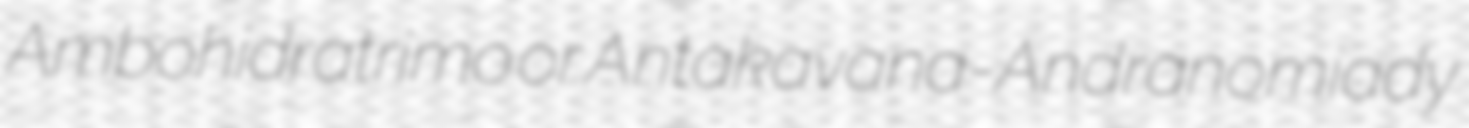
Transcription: Ambohidratrimo or Antakavana-Andranomiady